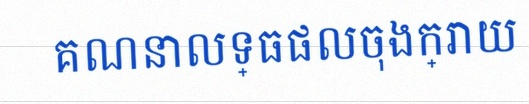
គណនាលទ្ធផលចុងក្រោយ